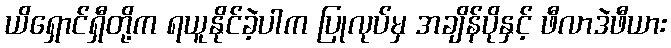
ယိရှောင်ရှီတို့က ရယူနိုင်ခဲ့ပါက ပြုလုပ်မှ အချိန်ပိုနှင့် ဖီလာဒဲဖီယား